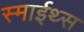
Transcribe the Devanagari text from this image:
स्माईथ्स